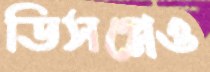
ডিসপ্লেও